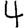
Digit: 4